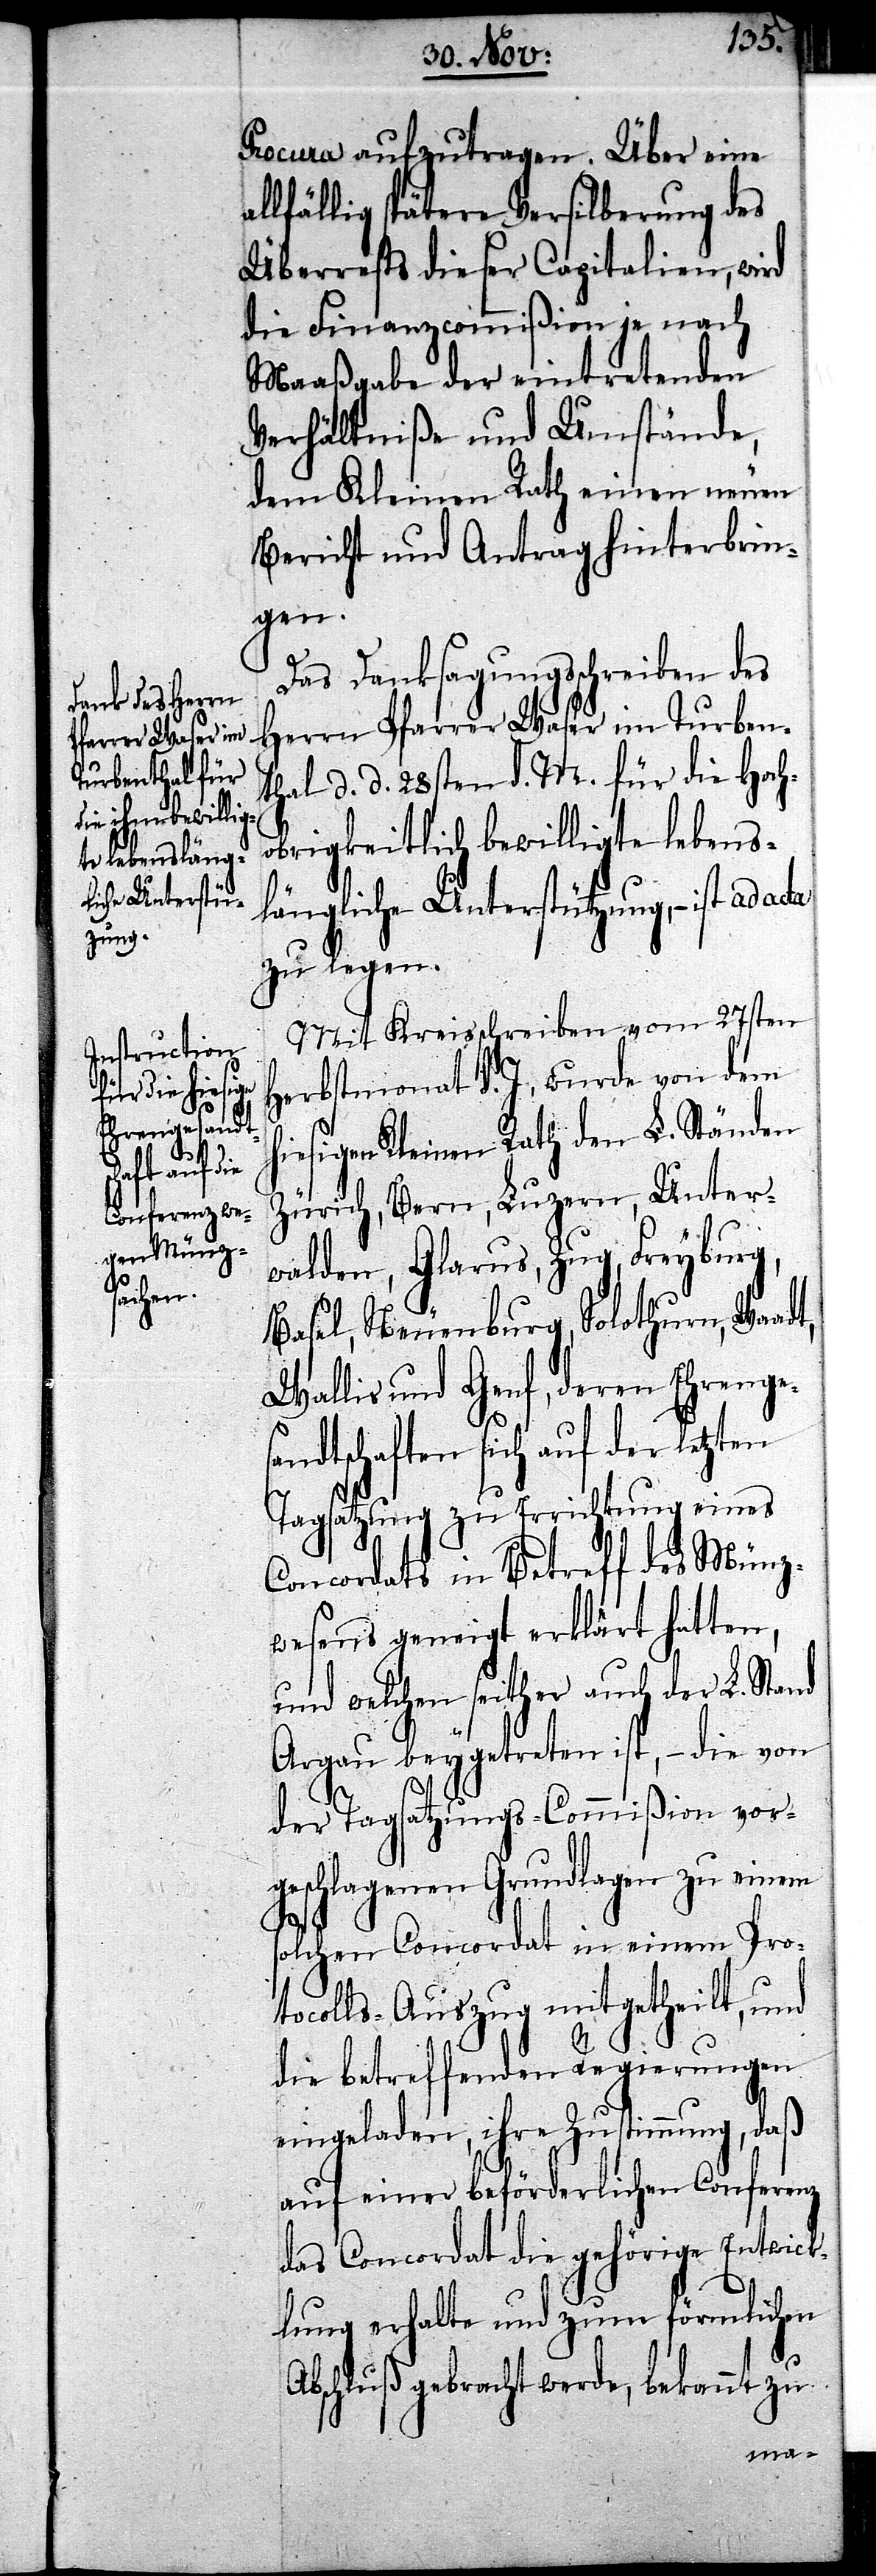
Procura aufzutragen. Über eine
allfällig spätere Versilberung des
Überrests dieser Capitalien, wird
die Finanzcommißion je nach
Maaßgabe der eintretenden
Verhältniße und Umstände,
dem Kleinen Rath einen neuen
Bericht und Antrag hinterbrin¬
gen.
Das Danksagungsschreiben des
Herrn Pfarrer Waser im Turben¬
thal d. d. 28sten d. M. für die Hoch¬
obrigkeitlich bewilligte lebens¬
längliche Unterstützung, – ist ad
zu legen.
Mit Kreisschreiben vom 27sten
Herbstmonat d. J., wurde von dem
iesigen Kleinen Rath den L. Ständen
Zürich, Bern, Luzern, Unter¬
t,
walden, Glarus, Zug, Freyburg,
Basel, Neuenburg, Solothurn, Waad¬
Wallis und Genf, deren Ehrenges¬
andtschaft sich auf der letzten
Tagsatzung zu Errichtung eines
Concordats in Betreff des Münz¬
wesens geneigt erklärt hatten,
und welchen seither auch der L. Sta¬
Argau beygetreten ist, – die von
der Tagsatzungs-Commißion vor¬
geschlagenen Grundlagen zu einem
s¬
olchen Concordat in einem Pro¬
tocolls-Auszug mitgetheilt, und
die betreffenden Regierungen
eingeladen, ihre Zustimmung, daß
auf einer beförderlichen Conferenz
das Concordat die gehörige Entwick¬
lung erhalte und zum förmlichen
Abschluß gebracht werde, bekannt zu
nd